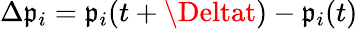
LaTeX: \Delta\mathfrak{p}_{i}=\mathfrak{p}_{i}(t+\Deltat)-\mathfrak{p}_{i}(t)